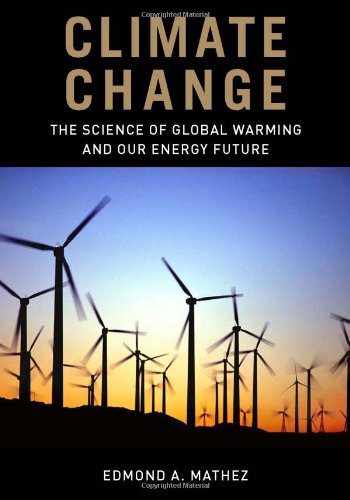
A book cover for Climate Change: The Science of Global Warming and Our Energy Future; Edmond A. Mathez; Science & Math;